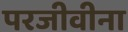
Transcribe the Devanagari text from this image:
परजीवीना